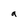
Character: 9